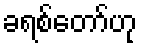
ခရစ်တော်ဟု